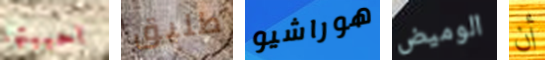
احببتها طليق هوراشيو الوميض أن